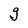
Character: g